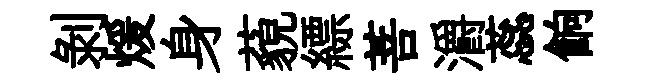
剥煖身藐縹菩灂蕊餉